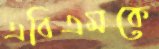
এবিএমকে